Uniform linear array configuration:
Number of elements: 16
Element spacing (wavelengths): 1
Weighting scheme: exponential
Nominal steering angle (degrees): -45
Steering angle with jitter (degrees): -44.143
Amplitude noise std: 0.05
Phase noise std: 0.05

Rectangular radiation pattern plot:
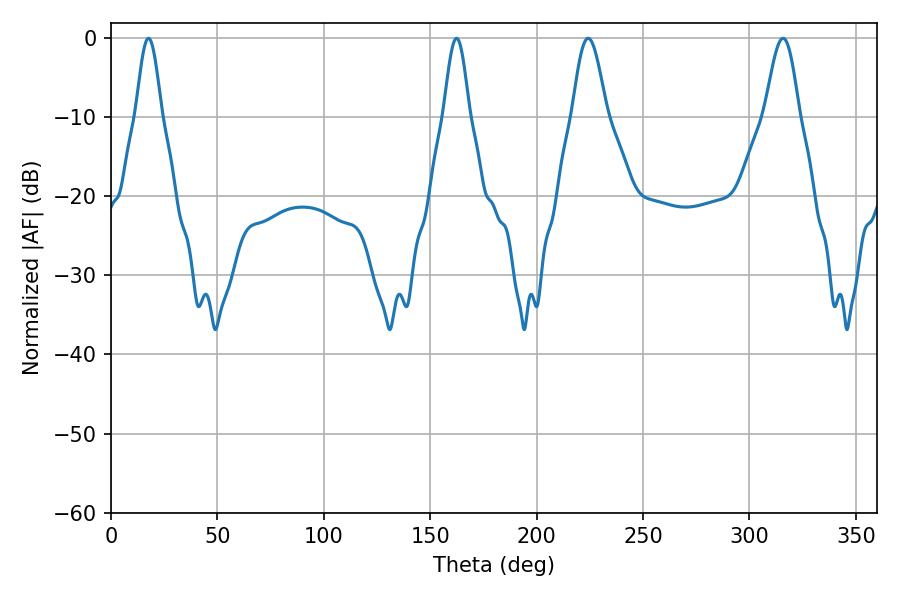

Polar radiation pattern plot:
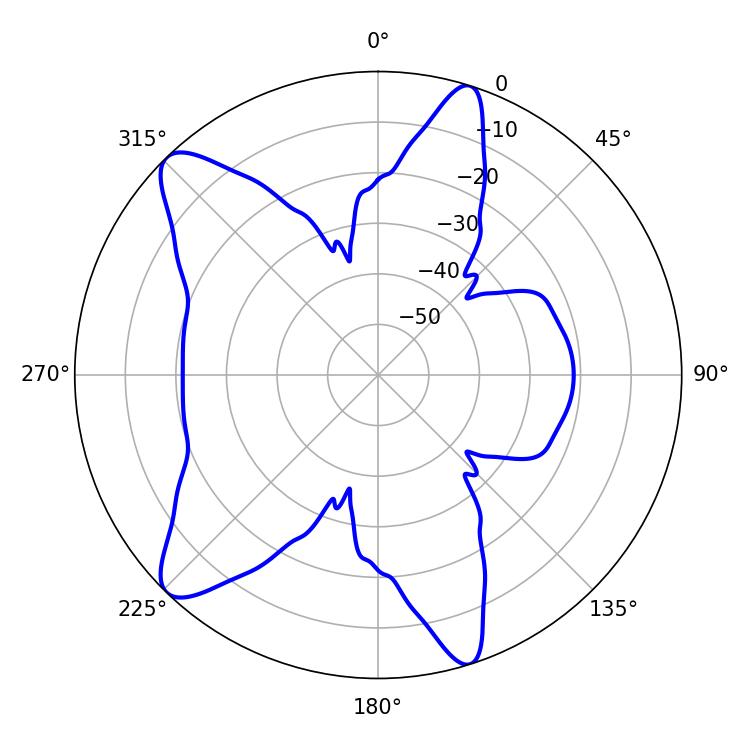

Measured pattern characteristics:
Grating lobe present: TRUE
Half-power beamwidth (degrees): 6.48
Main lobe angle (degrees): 17.64